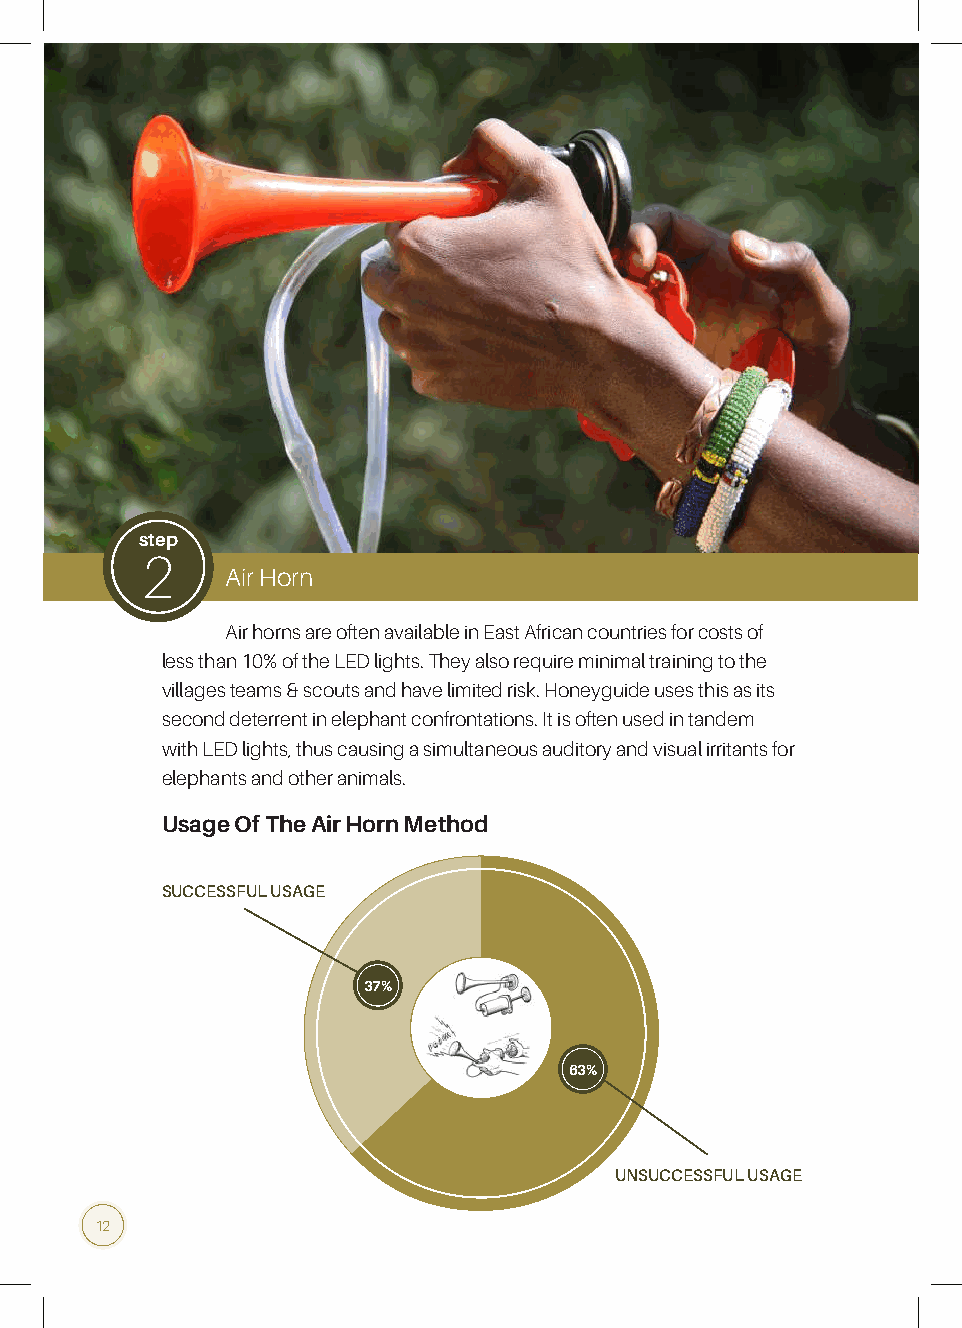
step
 2
 Air Horn
 Air horns are often available in East African countries for costs of
 less than 10% of the LED lights. They also require minimal training to the
 villages teams & scouts and have limited risk. Honeyguide uses this as its
 second deterrent in elephant confrontations. It is often used in tandem
 with LED lights, thus causing a simultaneous auditory and visual irritants for
 elephants and other animals.
 Usage Of The Air Horn Method
 SUCCESSFUL USAGE
 37%
 63%
 UNSUCCESSFUL USAGE
 12